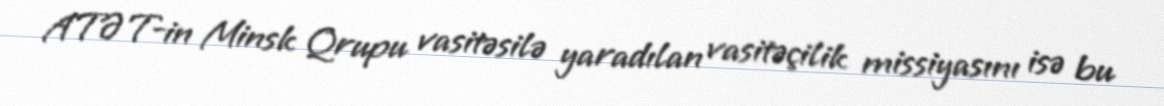
ATƏT-in Minsk Qrupu vasitəsilə yaradılan vasitəçilik missiyasını isə bu